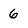
Character: 6